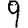
Digit: 9